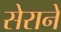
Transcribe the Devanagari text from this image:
सेराने